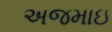
અજમાઇ